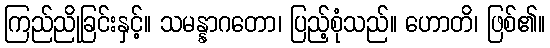
ကြည်ညိုခြင်းနှင့်။ သမန္နာဂတော၊ ပြည့်စုံသည်။ ဟောတိ၊ ဖြစ်၏။